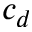
c _ { d }